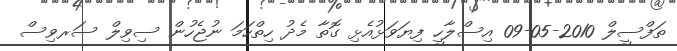
ތަފްސީލް 2010-05-09 އިސްލާހީ ފިޔަވަޅުއެޅި ގޮތާ މެދު ހިތްހަމަ ނުޖެހުން ސިވިލް ސަރވިސް